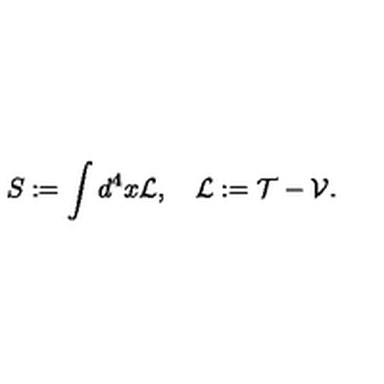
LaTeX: S : = \int { d ^ { 4 } x } { \cal L } , \quad { \cal L } : = { \cal T } - { \cal V } .